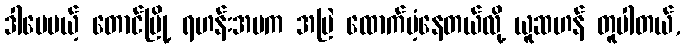
ဒါပေမယ့် တောင်မြို့ ရဟန်းအမက အမြဲ ထောက်ပံ့နေတယ်လို့ ယူဆဟန် တူပါတယ်,